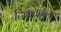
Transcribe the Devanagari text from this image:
टिकवायच्या